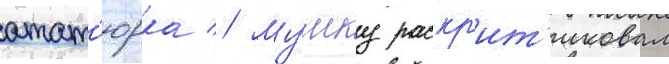
атат'юрка // Мумку раскр'ит'иковал